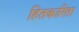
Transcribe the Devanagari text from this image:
हितकारिता